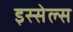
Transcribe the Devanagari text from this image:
इस्सेल्स